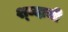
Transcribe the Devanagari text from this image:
श्ब्दाची